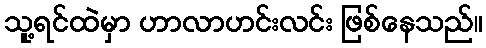
သူ့ရင်ထဲမှာ ဟာလာဟင်းလင်း ဖြစ်နေသည်။